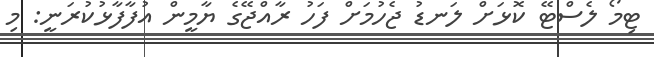
ޓިމޯ ލެސްޓޭ ކޮޅަށް ލަނޑު ޖެހުމަށް ފަހު ރާއްޖޭގެ ޔާމީން އުފާފާޅުކުރަނީ: މި